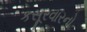
કસૂરવારનો